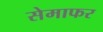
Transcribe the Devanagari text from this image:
सेमाफर